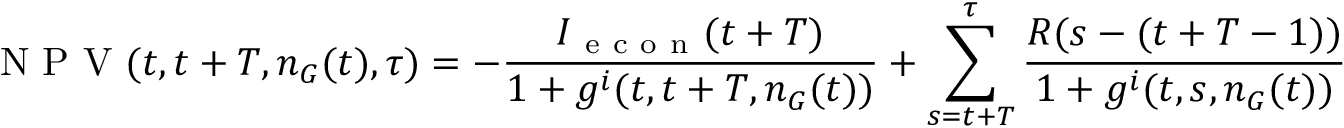
\mathrm { ~ N ~ P ~ V ~ } ( t , t + T , n _ { G } ( t ) , \tau ) = - \frac { I _ { \mathrm { ~ e ~ c ~ o ~ n ~ } } ( t + T ) } { 1 + g ^ { i } ( t , t + T , n _ { G } ( t ) ) } + \sum _ { s = t + T } ^ { \tau } \frac { R ( s - ( t + T - 1 ) ) } { 1 + g ^ { i } ( t , s , n _ { G } ( t ) ) }